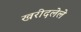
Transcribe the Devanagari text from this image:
खरीदलेले